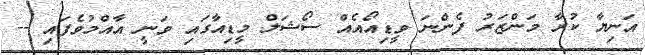
އަނިޔާ ކުރާ މަންޒަރު ފެންނަ ވީޑިއޯއެއް ސޯޝަލް މީޑިއާގައި ވަނީ އާއްމުވެފައި --